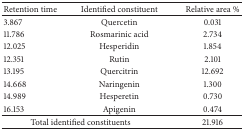
<table><thead><tr><td><b>Retention time</b></td><td><b>Identified constituent</b></td><td><b>Relative area %</b></td></tr></thead><tbody><tr><td>3.867</td><td>Quercetin</td><td>0.031</td></tr><tr><td>11.786</td><td>Rosmarinic acid</td><td>2.734</td></tr><tr><td>12.025</td><td>Hesperidin</td><td>1.854</td></tr><tr><td>12.351</td><td>Rutin</td><td>2.101</td></tr><tr><td>13.195</td><td>Quercitrin</td><td>12.692</td></tr><tr><td>14.668</td><td>Naringenin</td><td>1.300</td></tr><tr><td>14.989</td><td>Hesperetin</td><td>0.730</td></tr><tr><td>16.153</td><td>Apigenin</td><td>0.474</td></tr><tr><td colspan="2">Total identified constituents</td><td>21.916</td></tr></tbody></table>